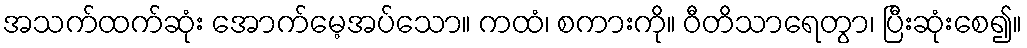
အသက်ထက်ဆုံး အောက်မေ့အပ်သော။ ကထံ၊ စကားကို။ ဝီတိသာရေတွာ၊ ပြီးဆုံးစေ၍။